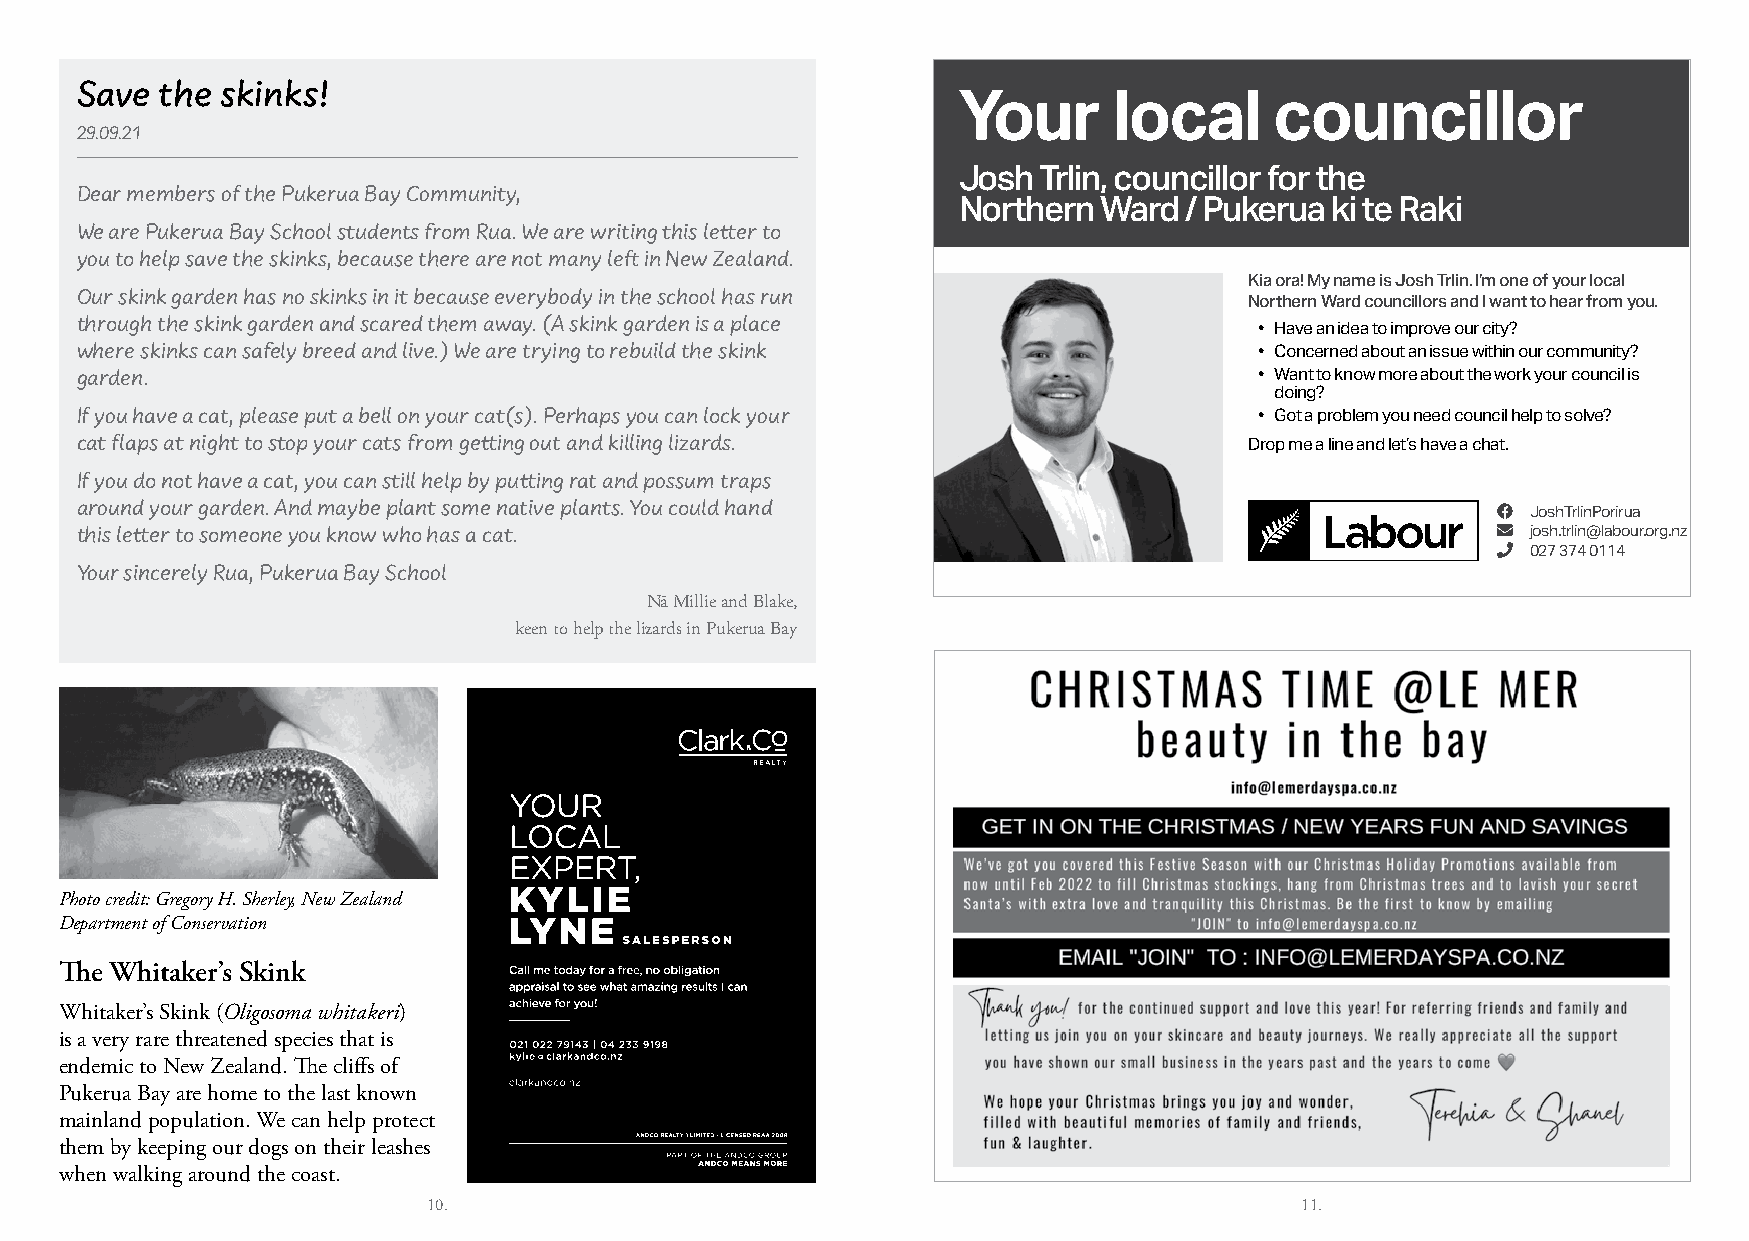
Save  the skinks!
 Your       local     councillor
 29.09.21
 Josh  Trlin, councillor for the
 Dear members of the Pukerua Bay Community,
 Northern  Ward / Pukerua ki te Raki
 We are Pukerua Bay School students from Rua. We are writing this letter to
 you to help save the skinks, because there are not many left in New Zealand.
 Kia ora! My name is Josh Trlin. I’m one of your local
 Our skink garden has no skinks in it because everybody in the school has run  Northern Ward councillors and I want to hear from you.
 through the skink garden and scared them away. (A skink garden is a place     • Have an idea to improve our city?
 where skinks can safely breed and live.) We are trying to rebuild the skink   • Concerned about an issue within our community?
 garden.                                                                       • Want to know more about the work your council is
 doing?
 If you have a cat, please put a bell on your cat(s). Perhaps you can lock your • Got a problem you need council help to solve?
 cat flaps at night to stop your cats from getting out and killing lizards.    Drop me a line and let’s have a chat.
 If you do not have a cat, you can still help by putting rat and possum traps
 around your garden. And maybe plant some native plants. You could hand                        � JoshTrlinPorirua
 this letter to someone you know who has a cat.                                                � josh.trlin@labour.org.nz
 � 027 374 0114
 Your sincerely Rua, Pukerua Bay School
 Nā Millie and Blake,
 keen to help the lizards in Pukerua Bay
 Photo credit: Gregory H. Sherley, New Zealand
 Department of Conservation
 The Whitaker’s Skink
 Whitaker’s Skink (Oligosoma whitakeri)
 is a very rare threatened species that is
 endemic to New Zealand. The cliffs of
 Pukerua Bay are home to the last known
 mainland population. We can help protect
 them by keeping our dogs on their leashes
 when walking around the coast.
 10.                                                       11.